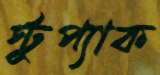
স্টুপ্যাক